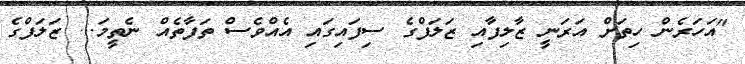
"އަހަރެން ހިތަށް އަރަނީ ޒާލިފާއި ޒަލަފްގެ ސިފައިގައި އެއްވެސް ތަފާތެއް ނެތީމަ... ޒަލަފްގެ